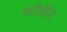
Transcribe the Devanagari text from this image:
भंगीकीट